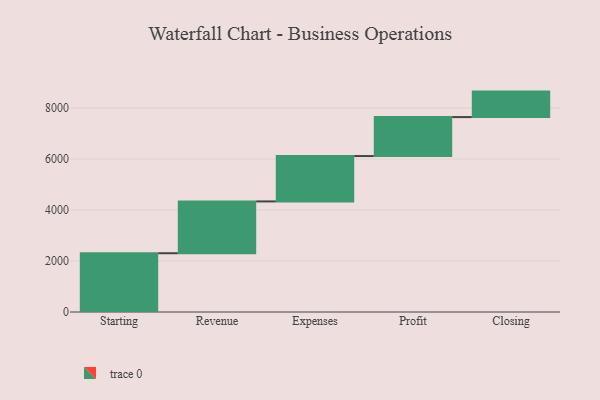
{"axis": {"x": "Step", "y": "Value"}, "legend": [""], "data": [{"x": "Starting", "y": 2305.0, "type": ""}, {"x": "Revenue", "y": 2033.0, "type": ""}, {"x": "Expenses", "y": 1780.0, "type": ""}, {"x": "Profit", "y": 1528.0, "type": ""}, {"x": "Closing", "y": 1000, "type": ""}]}